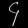
Digit: ၄